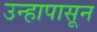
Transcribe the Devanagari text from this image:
उन्हापासून